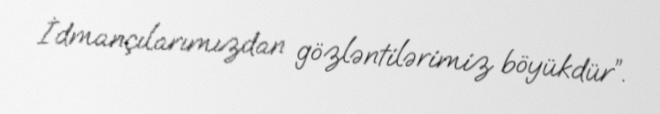
İdmançılarımızdan gözləntilərimiz böyükdür”.